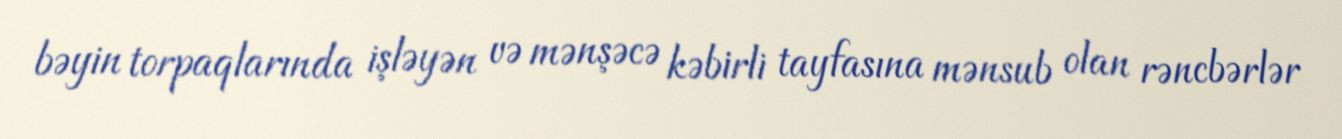
bəyin torpaqlarında işləyən və mənşəcə kəbirli tayfasına mənsub olan rəncbərlər